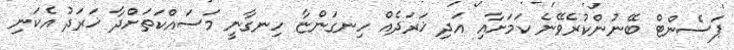
ޕަސެންޓް ބޭނުންކުރެވޭނެ ކަމަށާއި އަދި ޚަރަދެއް ހިނގަންޏާ ހިނގާނީ މަސައްކަތަށްދާ ޚަރަދު އެކަނި